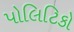
પોલિટિકો